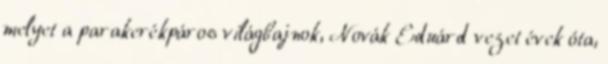
melyet a parakerékpáros világbajnok, Novák Eduárd vezet évek óta,